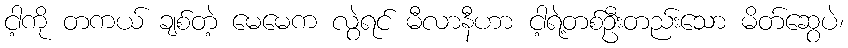
ငါ့ကို တကယ် ချစ်တဲ့ မေမေက လွဲရင် မီလာနီဟာ ငါ့ရဲ့တစ်ဦးတည်းသော မိတ်ဆွေပဲ၊